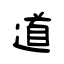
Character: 道